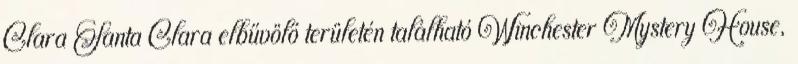
Clara Santa Clara elbűvölő területén található Winchester Mystery House,